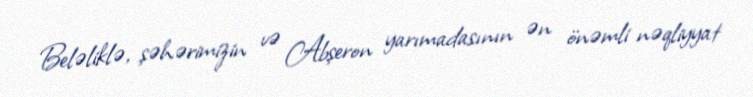
Beləliklə, şəhərimizin və Abşeron yarımadasının ən önəmli nəqliyyat